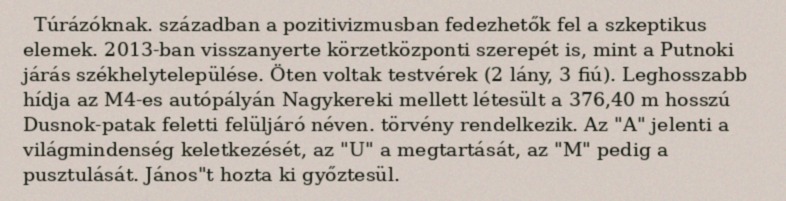
Túrázóknak. században a pozitivizmusban fedezhetők fel a szkeptikus elemek. 2013-ban visszanyerte körzetközponti szerepét is, mint a Putnoki járás székhelytelepülése. Öten voltak testvérek (2 lány, 3 fiú). Leghosszabb hídja az M4-es autópályán Nagykereki mellett létesült a 376,40 m hosszú Dusnok-patak feletti felüljáró néven. törvény rendelkezik. Az "A" jelenti a világmindenség keletkezését, az "U" a megtartását, az "M" pedig a pusztulását. János"t hozta ki győztesül.